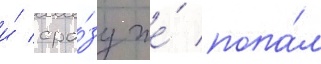
и́ сра́зу же́ попа́л